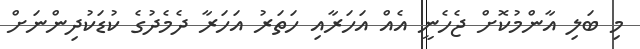
މި ބަލި އާންމުކޮށް ޖެހެނީ އެއް އަހަރާއި ހަތަރު އަހަރާ ދެމެދުގެ ކުޑަކުދިންނަށް